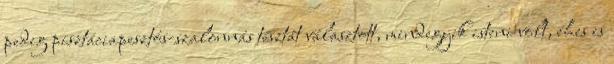
pedig pisztáciapesztós-szalonnás tésztát választott, mindegyik isteni volt, éhes is